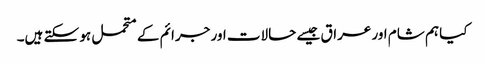
کیا ہم شام اور عراق جیسے حالات اور جرائم کے متحمل ہو سکتے ہیں۔